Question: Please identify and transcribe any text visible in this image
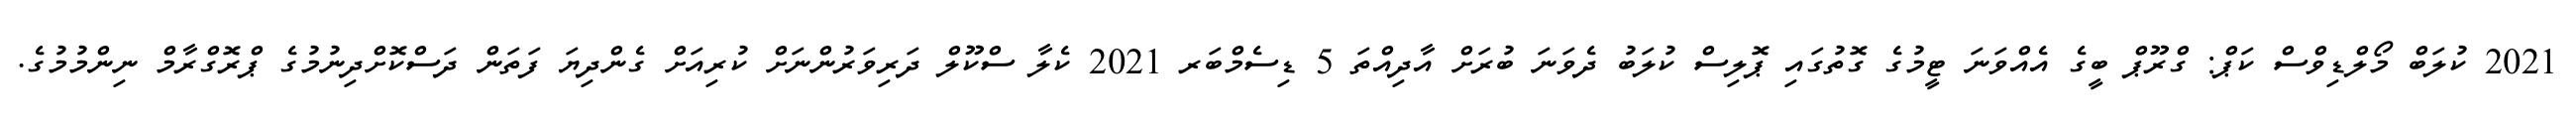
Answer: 2021 ކުލަބް މޯލްޑިވްސް ކަޕް: ގްރޫޕް ބީގެ އެއްވަނަ ޓީމުގެ ގޮތުގައި ޕޮލިސް ކުލަބު ދެވަނަ ބުރަށް އާދިއްތަ 5 ޑިސެމްބަރ 2021 ކެލާ ސްކޫލް ދަރިވަރުންނަށް ކުރިއަށް ގެންދިޔަ ފަތަން ދަސްކޮށްދިނުމުގެ ޕްރޮގްރާމް ނިންމުމުގެ.